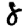
Digit: 8